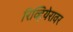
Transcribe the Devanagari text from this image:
रिव्हियेरावर